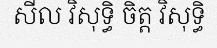
សីល វិសុទ្ធិ ចិត្ត វិសុទ្ធិ